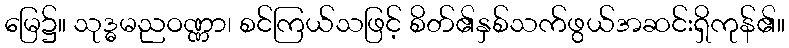
မြေ၌။ သုဒ္ဓမညဝဏ္ဏာ၊ စင်ကြယ်သဖြင့် စိတ်၏နှစ်သက်ဖွယ်အဆင်းရှိကုန်၏။